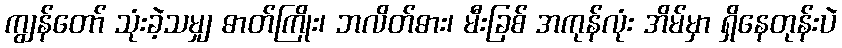
ကျွန်တော် သုံးခဲ့သမျှ ဓာတ်ကြိုး၊ ဘလိတ်ဓား၊ မီးခြစ် အကုန်လုံး အိမ်မှာ ရှိနေတုန်းပဲ